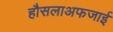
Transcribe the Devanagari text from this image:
हौसलाअफजाई